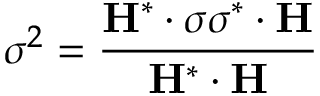
\sigma ^ { 2 } = \frac { \mathbf { H } ^ { * } \cdot \sigma \sigma ^ { * } \cdot \mathbf { H } } { \mathbf { H } ^ { * } \cdot \mathbf { H } }